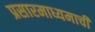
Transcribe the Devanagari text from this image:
प्रसारमाध्यमाची